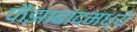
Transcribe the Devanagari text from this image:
फैझाबादमध्ये